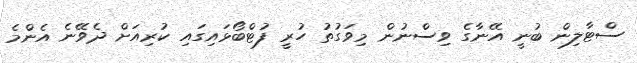
ސްޓާލިން ބުނީ އޭނާގެ ވިސްނުން މިވަގުތު ހުރީ ފުޓްބޯޅައިގައި ކުރިއަށް ދެވޭނެ އެންމެ